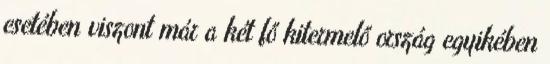
esetében viszont már a két fő kitermelő ország egyikében